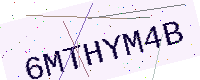
Text: 6MTHYM4B